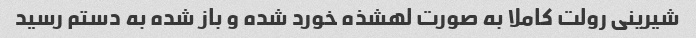
شیرینی رولت کاملا به صورت لهشذه خورد شده و باز شده به دستم رسید